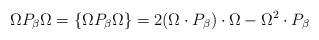
LaTeX: \begin{align*}\Omega P_\beta\Omega=\{\Omega P_\beta\Omega\}=2(\Omega\cdot P_\beta)\cdot \Omega-\Omega^{2}\cdot P_\beta\end{align*}